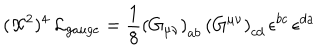
LaTeX: ( { \cal X } ^ { 2 } ) ^ { 4 } \, { \cal L } _ { g a u g e } = \frac { 1 } { 8 } \left( G _ { \mu \nu } \right) _ { a b } \, \left( G ^ { \mu \nu } \right) _ { c d } \, \epsilon ^ { b c } \, \epsilon ^ { d a }